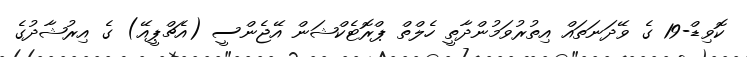
ކޮވިޑް-19 ގެ ވޭދަނަތައް އިތުރުވަމުންދާތީ ހެލްތް ޕްރޮޓެކްޝަން އޭޖެންސީ (އެޗްޕީއޭ) ގެ އިރުޝާދުގެ